Leaving Certificate Examination (including Day School Certificate (Higher) General paper), 1928
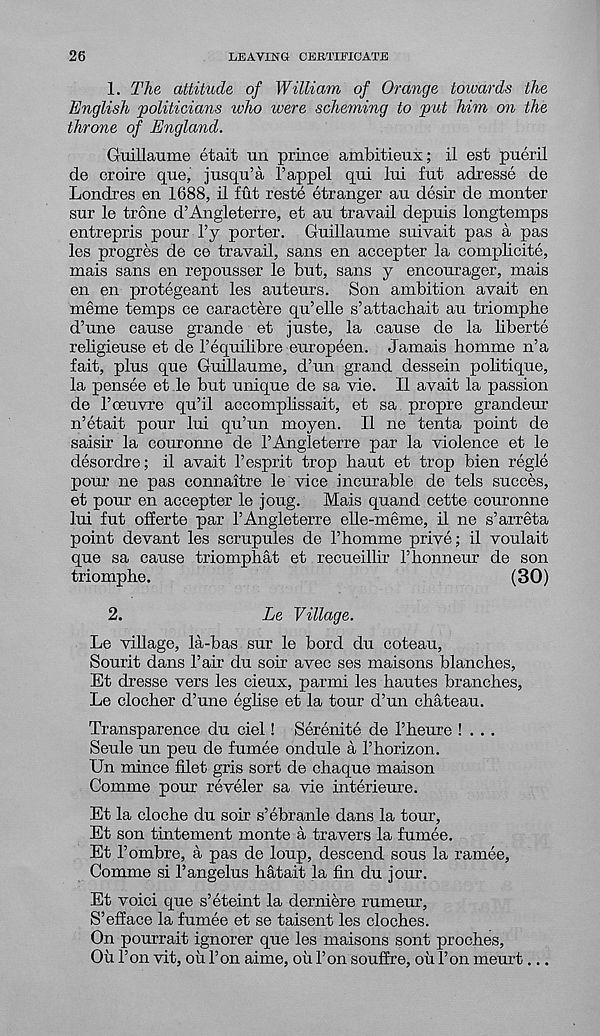
26
LEAVING CERTIFICATE
1. The attitude of William of Orange towards the
English politicians who were scheming to put him on the
throne of England.
Guillaume etait un prince ambitieux; il est pueril
de croire que, jusqu’a I’appel qui lui fut adresse de
Londres en 1688, il fut reste etranger au desir de monter
sur le trone d’Angleterre, et au travail depuis longtemps
entrepris pour Py porter. Guillaume suivait pas a pas
les progres de ce travail, sans en accepter la complicite,
mais sans en repousser le but, sans y encourager, mais
en en protegeant les auteurs. Son ambition avait en
meme temps ce caractere qu’elle s’attachait au triomphe
d’une cause grande et juste, la cause de la liberte
religieuse et de Pequilibre europeen. Jamais homme n’a
fait, plus que Guillaume, d’un grand dessein pobtique,
la pensee et le but unique de sa vie. Il avait la passion
de Poeuvfe qu’il accomplissait, et sa propre grandeur
n’etait pour lui qu’un moyen. Il ne tenta point de
saisir la couromie de PAngleterre par la violence et le
desordre; il avait P esprit trop baut et trop bien regie
pour ne pas connaitre le vice incurable de tels succes,
et pour en accepter le joug. Mais quand cette couronne
lui fut offerte par PAngleterre ebe-meme, il ne s’arreta
point devant les scrupules de P homme prive; il voulait
que sa cause triompbat et recueilhr Pbonneur de son
triomphe.
(30)
2.
Le Village.
Le vibage, la-bas sur le bord du coteau,
Sourit dans Pair du sou avec ses maisons blanches,
Et dresse vers les cieux, parmi les bautes branches,
Le clocher d’une egbse et la tour d’un chateau.
Transparence du ciel! Serenite de Pheure ! . . .
Seule un peu de fumee ondule a Phorizon.
Un mince hlet gris sort de chaque maison
Comme pour reveler sa vie interieure.
Et la cloche du soir s’ebranle dans la tour,
Et son tintement monte a travers la fumee.
Et P ombre, a pas de loup, descend sous la ramee,
Comme si Pangelus hatait la fin du jour.
Et voici que s’eteint la derniere rumeur,
S’efface la fumee et se taisent les cloches.
On pourrait ignorer que les maisons sont proches,
Ou Pon vit, oh Pon aime, oh Pon souffre, oh Pon meurt...